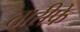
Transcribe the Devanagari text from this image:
तारीफे